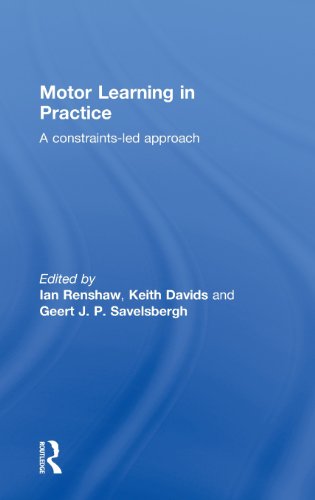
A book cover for Motor Learning in Practice: A Constraints-Led Approach; Medical Books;